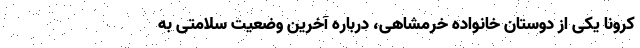
کرونا یکی از دوستان خانواده خرمشاهی، درباره آخرین وضعیت سلامتی به